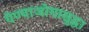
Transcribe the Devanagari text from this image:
येण्याजोगासुद्धा